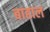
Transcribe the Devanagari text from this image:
बाहाल